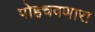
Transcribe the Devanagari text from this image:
पोहचवणारा